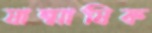
ষান্মাষিক